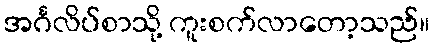
အင်္ဂလိပ်စာသို့ ကူးစက်လာတော့သည်။